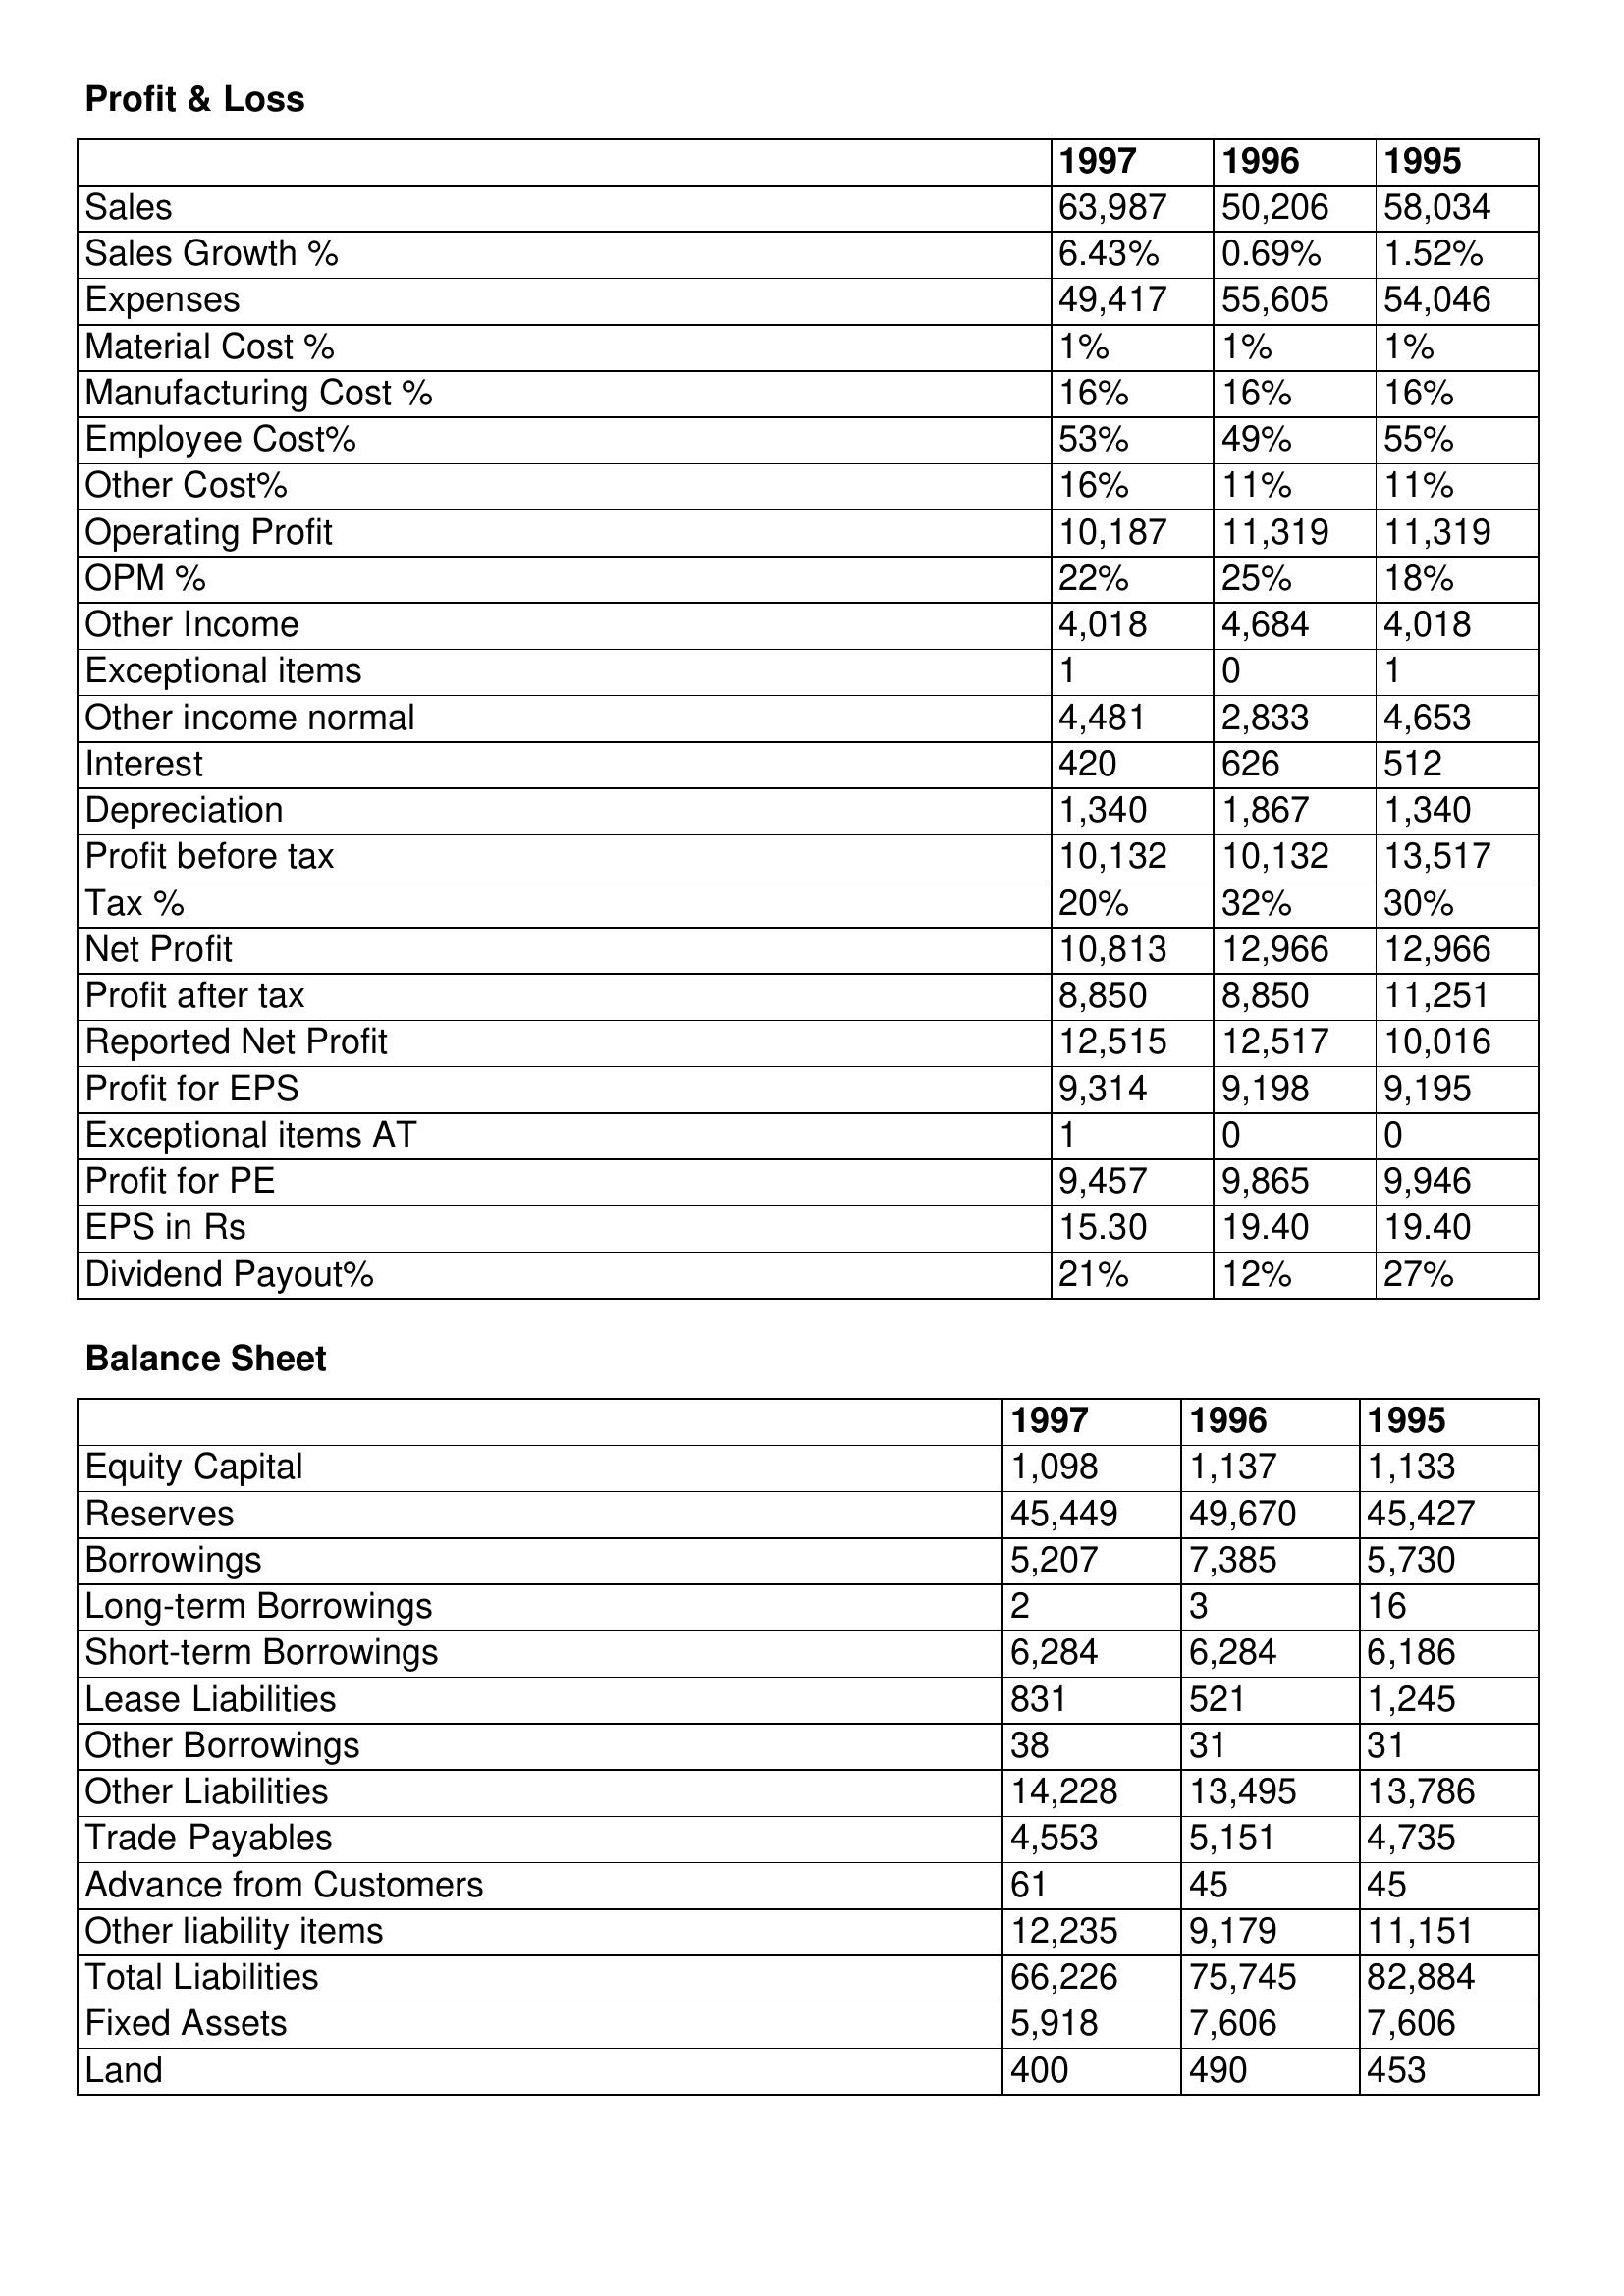
gt_parse: 1997: Profit & Loss: Sales: 63,987
Sales Growth %: 6.43%
Expenses: 49,417
Material Cost %: 1%
Manufacturing Cost %: 16%
Employee Cost%: 53%
Other Cost%: 16%
Operating Profit: 10,187
OPM %: 22%
Other Income: 4,018
Exceptional items: 1
Other income normal: 4,481
Interest: 420
Depreciation: 1,340
Profit before tax: 10,132
Tax %: 20%
Net Profit: 10,813
Profit after tax: 8,850
Reported Net Profit: 12,515
Profit for EPS: 9,314
Exceptional items AT: 1
Profit for PE: 9,457
EPS in Rs: 15.30
Dividend Payout%: 21%
Balance Sheet: Equity Capital: 1,098
Reserves: 45,449
Borrowings: 5,207
Long-term Borrowings: 2
Short-term Borrowings: 6,284
Lease Liabilities: 831
Other Borrowings: 38
Other Liabilities: 14,228
Trade Payables: 4,553
Advance from Customers: 61
Other liability items: 12,235
Total Liabilities: 66,226
Fixed Assets: 5,918
Land: 400
1996: Profit & Loss: Sales: 50,206
Sales Growth %: 0.69%
Expenses: 55,605
Material Cost %: 1%
Manufacturing Cost %: 16%
Employee Cost%: 49%
Other Cost%: 11%
Operating Profit: 11,319
OPM %: 25%
Other Income: 4,684
Exceptional items: 0
Other income normal: 2,833
Interest: 626
Depreciation: 1,867
Profit before tax: 10,132
Tax %: 32%
Net Profit: 12,966
Profit after tax: 8,850
Reported Net Profit: 12,517
Profit for EPS: 9,198
Exceptional items AT: 0
Profit for PE: 9,865
EPS in Rs: 19.40
Dividend Payout%: 12%
Balance Sheet: Equity Capital: 1,137
Reserves: 49,670
Borrowings: 7,385
Long-term Borrowings: 3
Short-term Borrowings: 6,284
Lease Liabilities: 521
Other Borrowings: 31
Other Liabilities: 13,495
Trade Payables: 5,151
Advance from Customers: 45
Other liability items: 9,179
Total Liabilities: 75,745
Fixed Assets: 7,606
Land: 490
1995: Profit & Loss: Sales: 58,034
Sales Growth %: 1.52%
Expenses: 54,046
Material Cost %: 1%
Manufacturing Cost %: 16%
Employee Cost%: 55%
Other Cost%: 11%
Operating Profit: 11,319
OPM %: 18%
Other Income: 4,018
Exceptional items: 1
Other income normal: 4,653
Interest: 512
Depreciation: 1,340
Profit before tax: 13,517
Tax %: 30%
Net Profit: 12,966
Profit after tax: 11,251
Reported Net Profit: 10,016
Profit for EPS: 9,195
Exceptional items AT: 0
Profit for PE: 9,946
EPS in Rs: 19.40
Dividend Payout%: 27%
Balance Sheet: Equity Capital: 1,133
Reserves: 45,427
Borrowings: 5,730
Long-term Borrowings: 16
Short-term Borrowings: 6,186
Lease Liabilities: 1,245
Other Borrowings: 31
Other Liabilities: 13,786
Trade Payables: 4,735
Advance from Customers: 45
Other liability items: 11,151
Total Liabilities: 82,884
Fixed Assets: 7,606
Land: 453